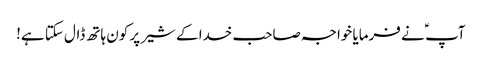
آپ ؑ نے فرمایا خواجہ صاحب خدا کے شیر پر کون ہاتھ ڈال سکتا ہے!